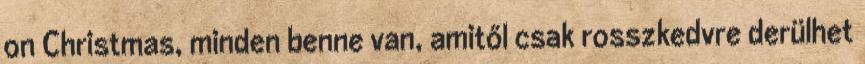
on Christmas, minden benne van, amitől csak rosszkedvre derülhet